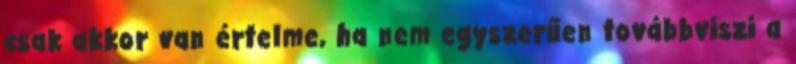
csak akkor van értelme, ha nem egyszerűen továbbviszi a